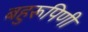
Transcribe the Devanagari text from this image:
बहुरूपिणी